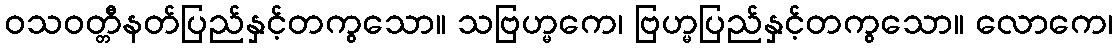
ဝသဝတ္တီနတ်ပြည်နှင့်တကွသော။ သဗြဟ္မကေ၊ ဗြဟ္မပြည်နှင့်တကွသော။ လောကေ၊